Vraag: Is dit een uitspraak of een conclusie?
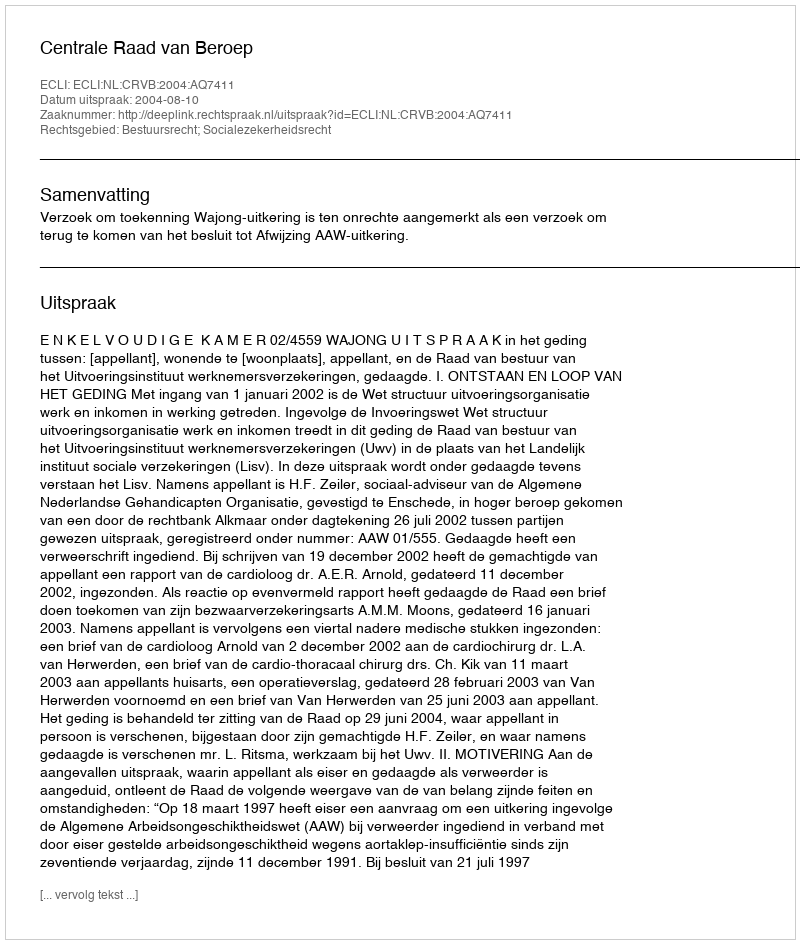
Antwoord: Uitspraak